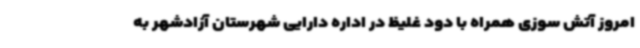
امروز آتش سوزی همراه با دود غلیظ در اداره دارایی شهرستان آزادشهر به